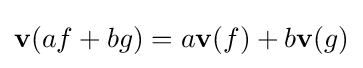
\mathbf {v} (af+bg)=a\mathbf {v} (f)+b\mathbf {v} (g)